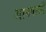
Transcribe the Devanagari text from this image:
आवपाशी